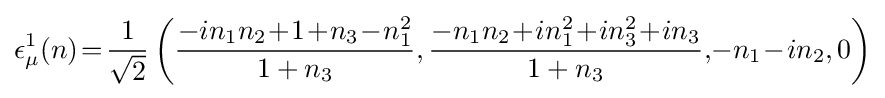
\epsilon _{\mu }^{1}(n)\!=\!{1 \over {\sqrt {2}}}\left({{-in_{1}n_{2}\!+\!1\!+\!n_{3}\!-\!n_{1}^{2}} \over {1+n_{3}}},{{-n_{1}n_{2}\!+\!in_{1}^{2}\!+\!in_{3}^{2}\!+\!in_{3}} \over {1+n_{3}}},\!-n_{1}\!-\!in_{2},0\right)